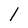
Character: 1